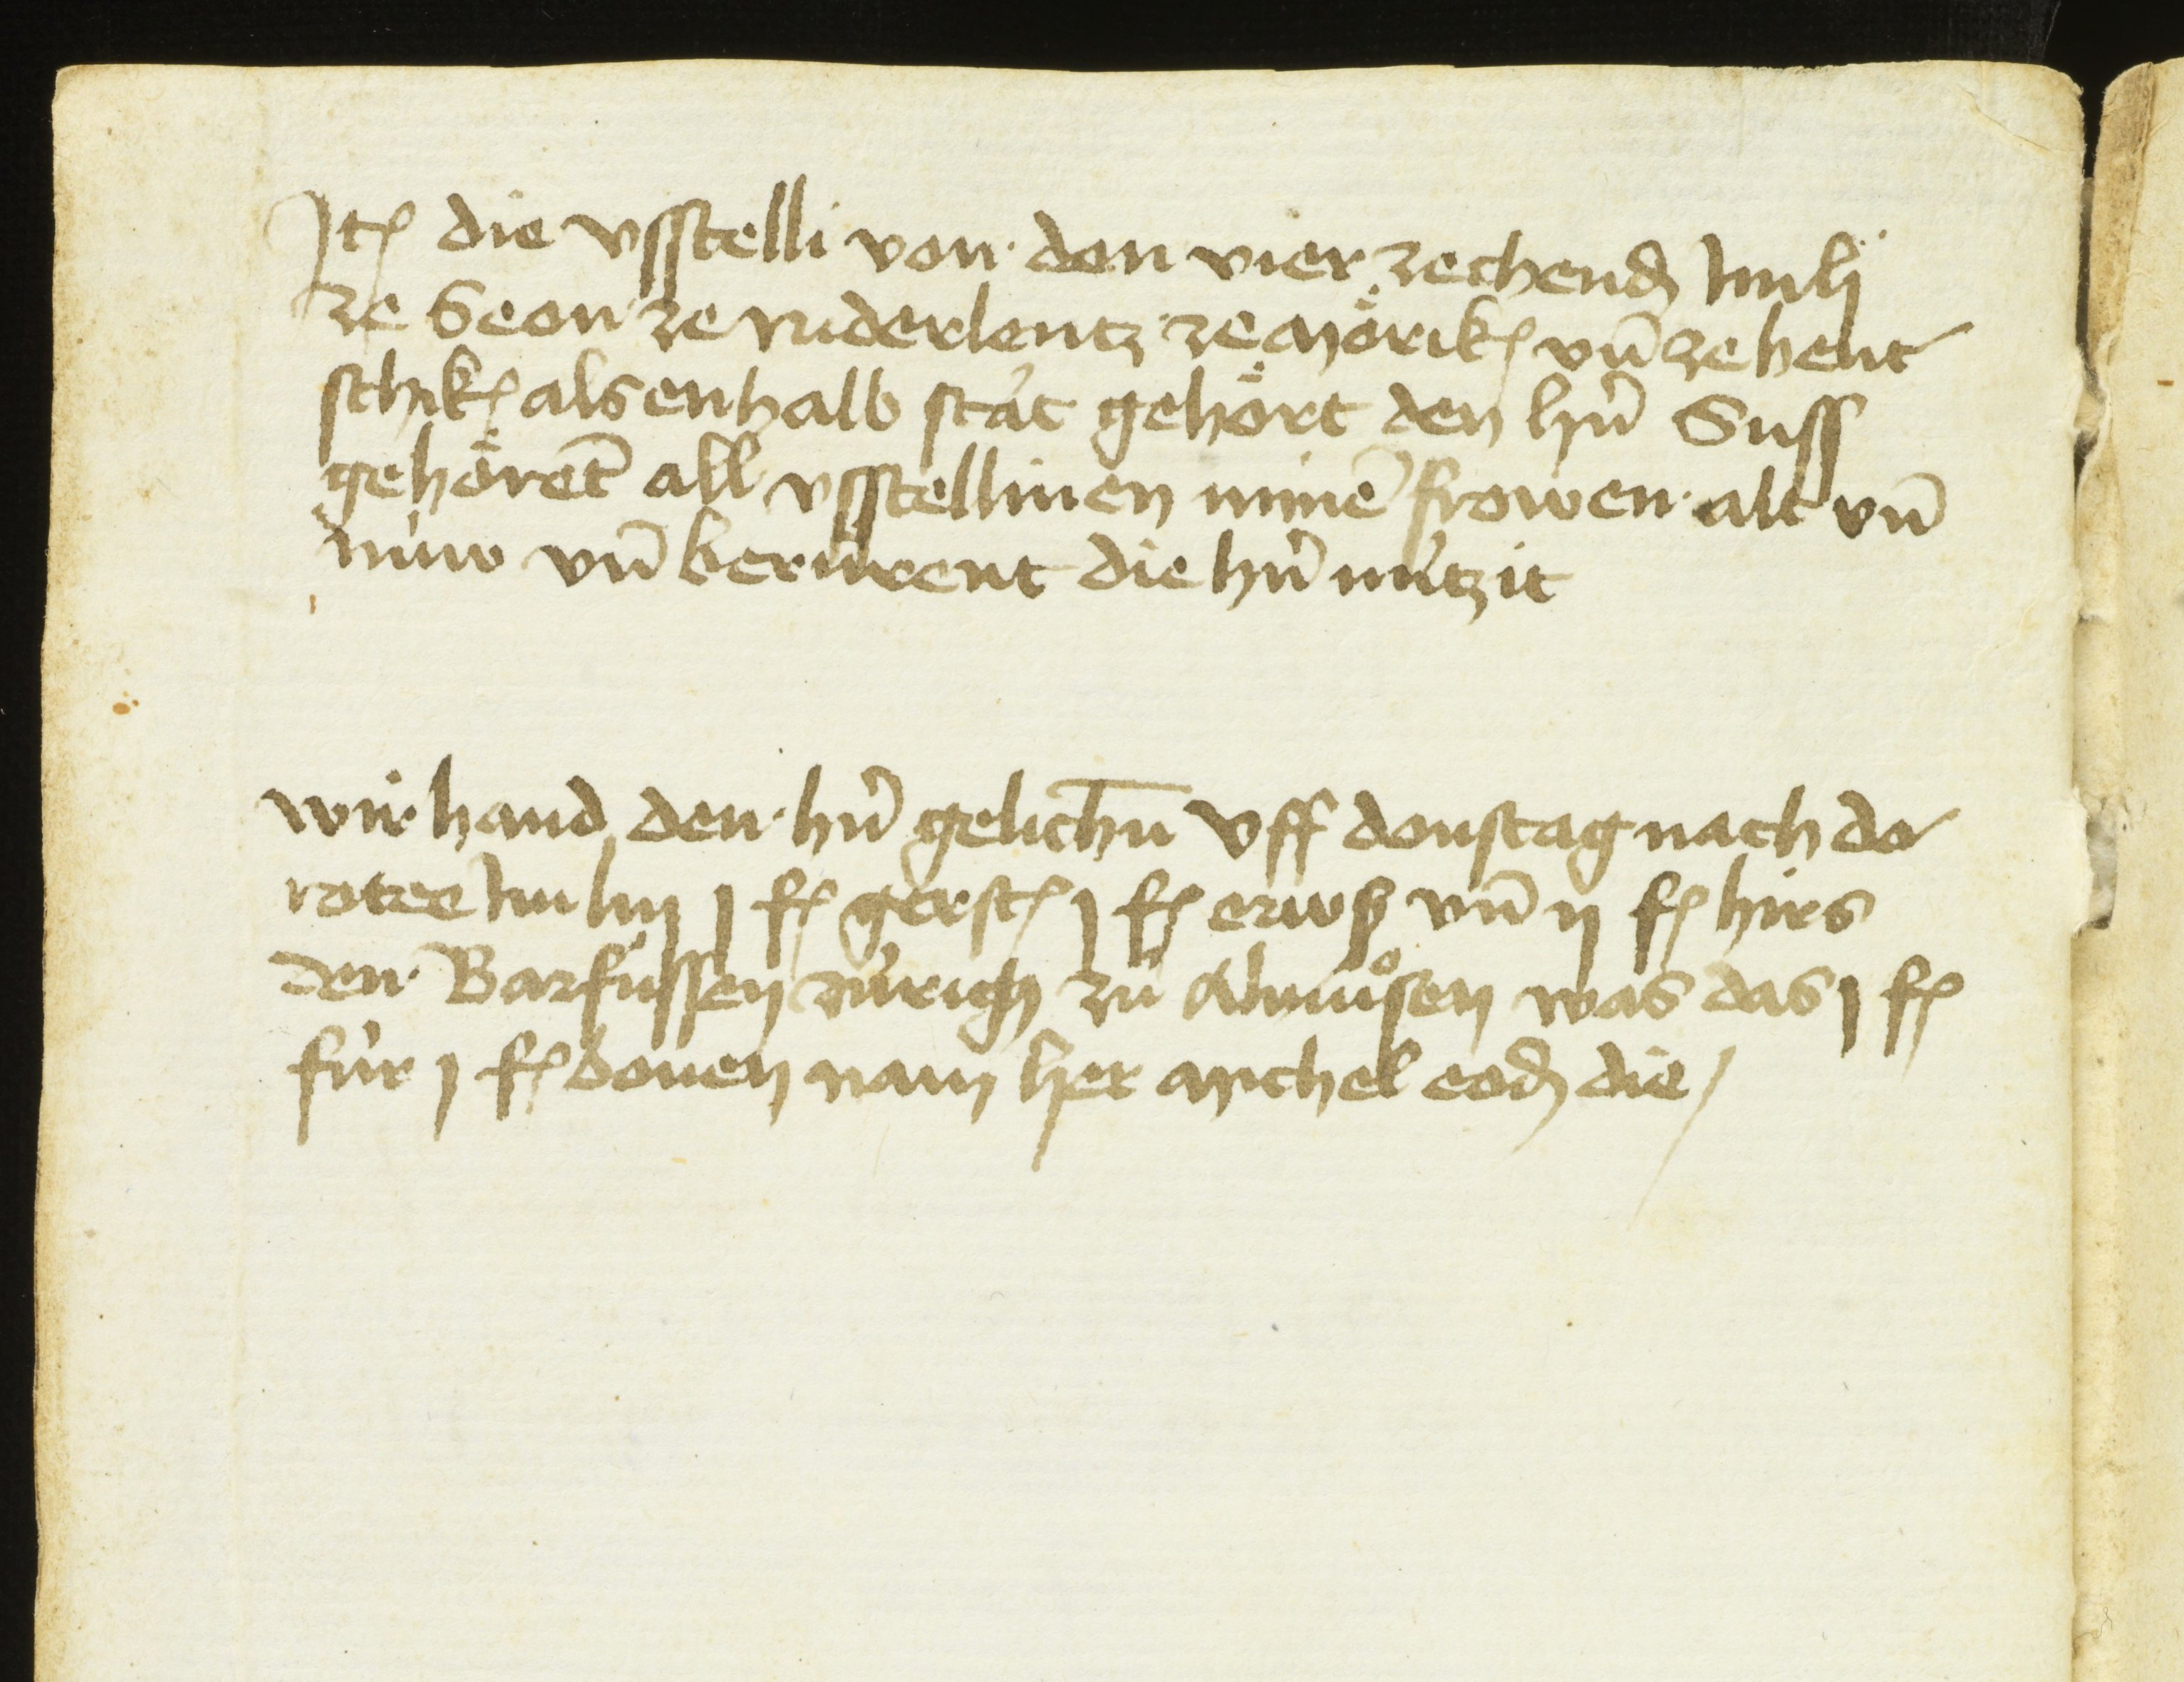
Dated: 1451–1457